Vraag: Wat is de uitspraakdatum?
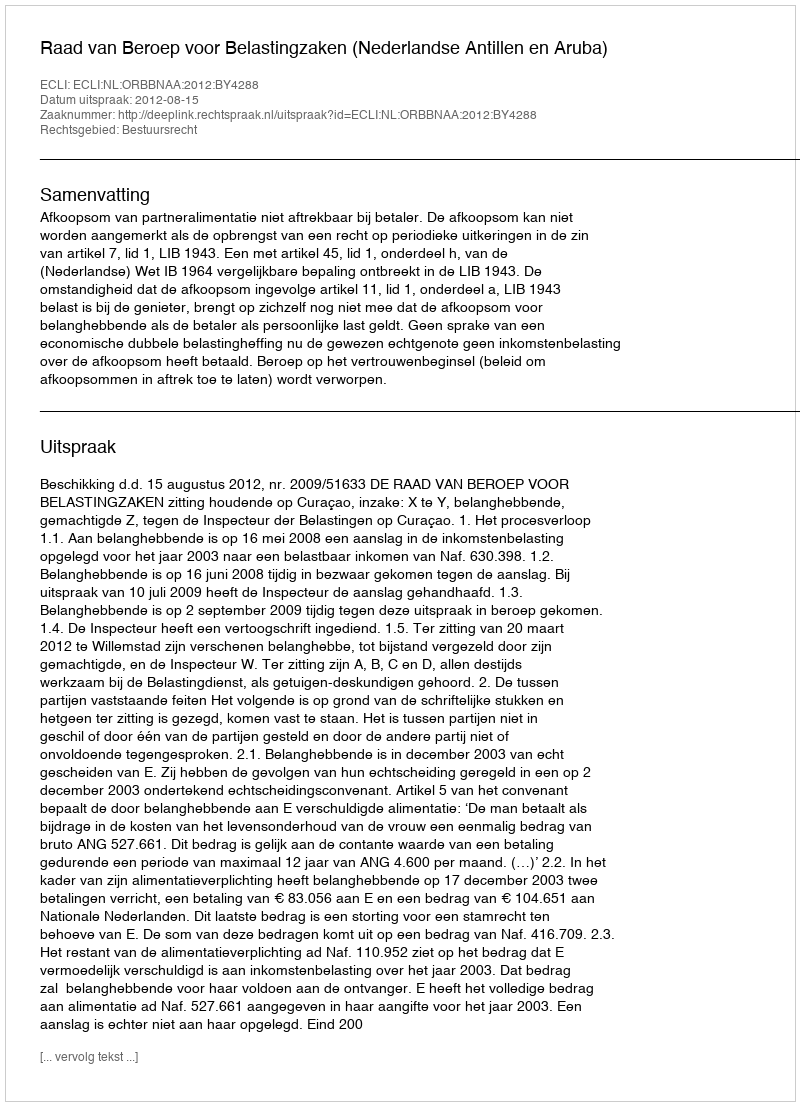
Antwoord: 2012-08-15